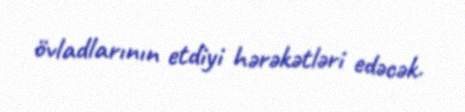
övladlarının etdiyi hərəkətləri edəcək.